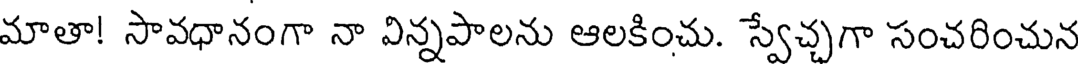
మాతా! సావధానంగా నా విన్నపాలను ఆలకించు. స్వేచ్చగా సంచరించున